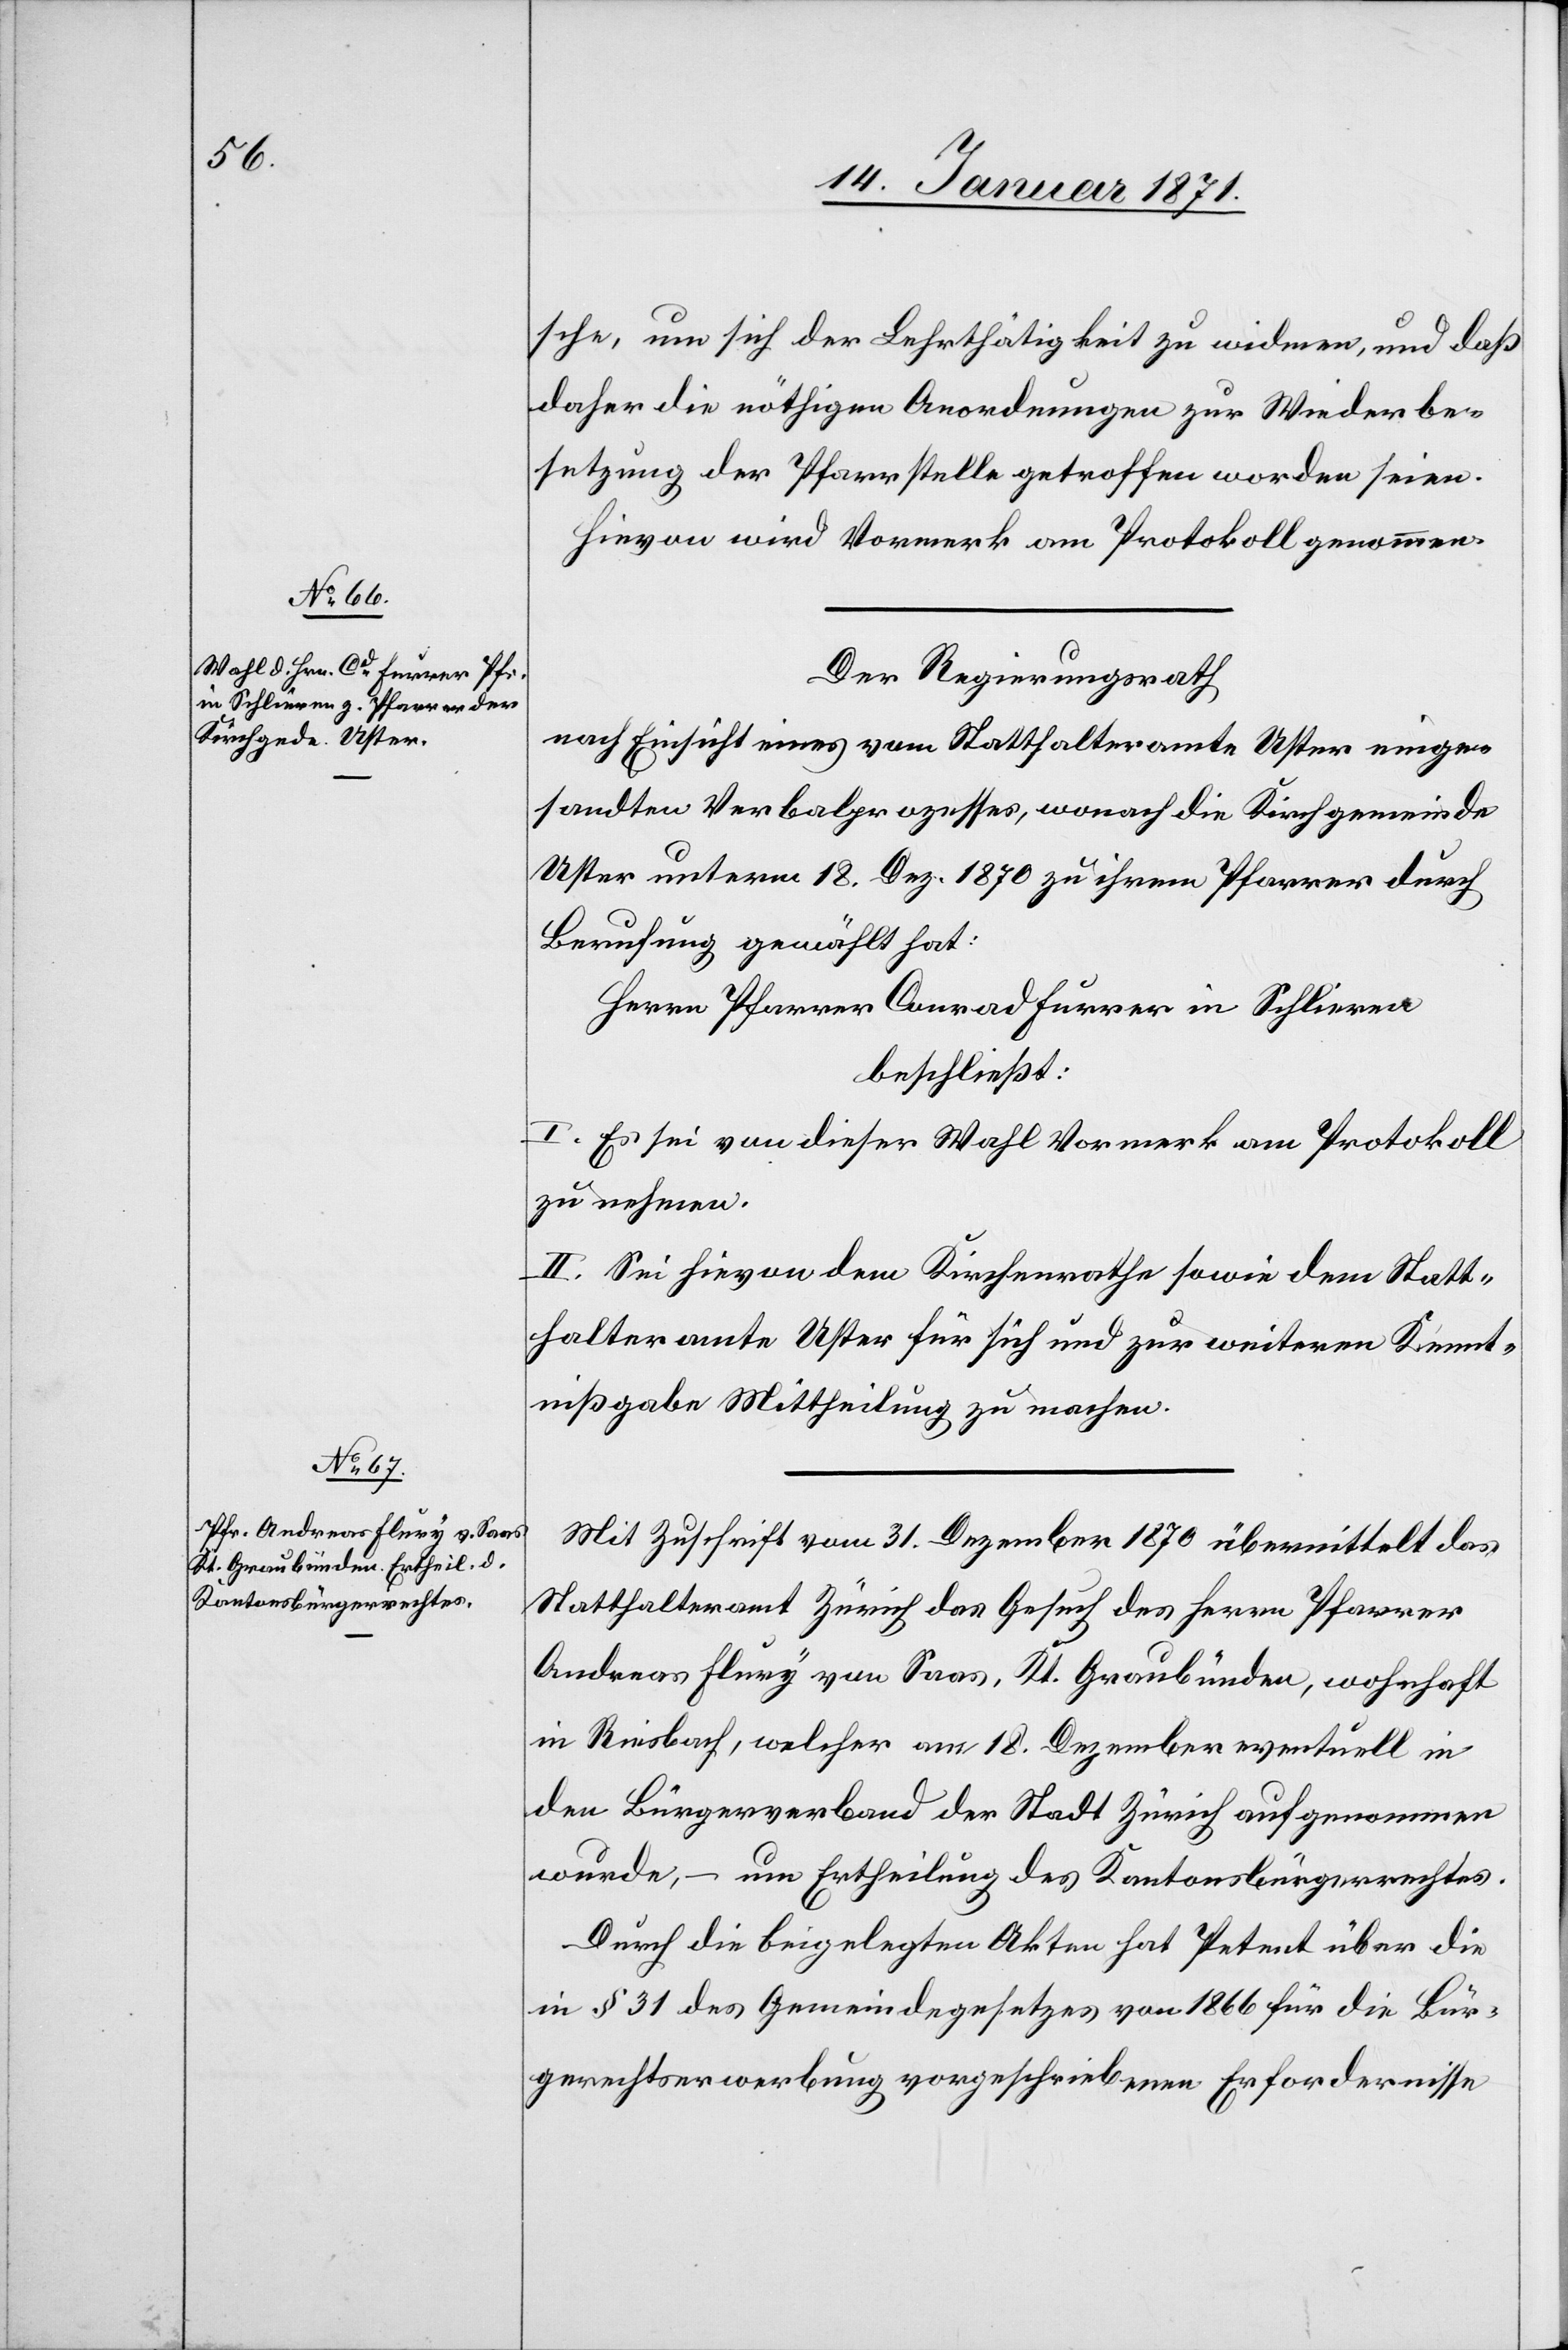
sche, um sich der Lehrthätigkeit zu widmen, und daß
daher die nöthigen Anordnungen zur Wiederbe¬
setzung der Pfarrstelle getroffen worden seien.
Hievon wird Vormerk am Protokoll genommen.
Der Regierungsrath,
nach Einsicht eines vom Statthalteramte Uster einge¬
sandten Verbalprozesses, wonach die Kirchgemeinde
Uster unterm 18. Dez. 1870 zu ihrem Pfarrer durch
Berufung gewählt hat:
Herrn Pfarrer Conrad Furrer in Schlieren
beschließt:
I. Es sei von dieser Wahl Vormerk am Protokoll
zu nehmen.
II. Sei hievon dem Kirchenrathe sowie dem Statt¬
halteramte Uster für sich und zur weiteren Kennt¬
nißgabe Mittheilung zu machen.
Mit Zuschrift vom 31. Dezember 1870 übermittelt das
Statthalteramt Zürich das Gesuch des Herrn Pfarrer
Andreas Flury von Saas, Kt. Graubünden, wohnhaft
in Riesbach, welcher am 18. Dezember eventuell in
den Bürgerverband der Stadt Zürich aufgenommen
wurde, – um Ertheilung des Kantonsbürgerrechtes.
Durch die beigelegten Akten hat Petent über die
in § 31 des Gemeindegesetztes von 1866 für die Bür¬
gerrechtserwerbung vorgeschriebenen Erfordernisse